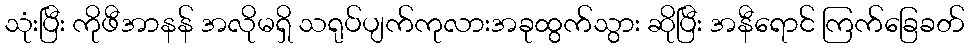
သုံးပြီး ကိုဖီအာနန် အလိုမရှိ သရုပ်ပျက်ကုလားအခုထွက်သွား ဆိုပြီး အနီရောင် ကြက်ခြေခတ်